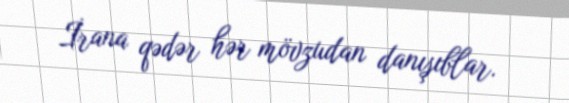
İrana qədər hər mövzudan danışıblar.